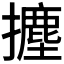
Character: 𭢻